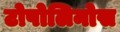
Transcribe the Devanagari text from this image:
टोपोलिनोस